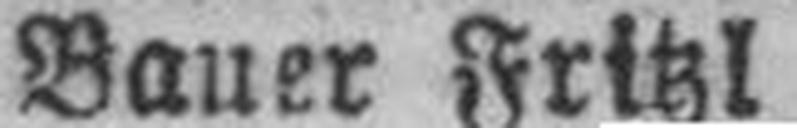
Bauer Fritzl